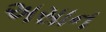
અસાન